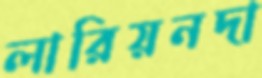
লারিয়নদা